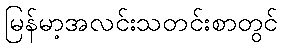
မြန်မာ့အလင်းသတင်းစာတွင်